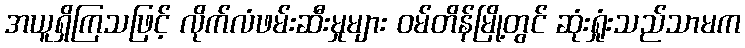
အယူရှိကြသဖြင့် လိုက်လံဖမ်းဆီးမှုများ ဝမ်တိန်မြို့တွင် ဆုံးရှုံးသည်သာမက